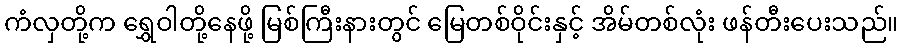
ကံလှတို့က ရွှေဝါတို့နေဖို့ မြစ်ကြီးနားတွင် မြေတစ်ဝိုင်းနှင့် အိမ်တစ်လုံး ဖန်တီးပေးသည်။